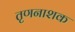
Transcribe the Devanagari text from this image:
तृणनाशक